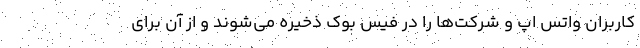
کاربران واتس اپ و شرکت‌ها را در فیس بوک ذخیره می‌شوند و از آن برای